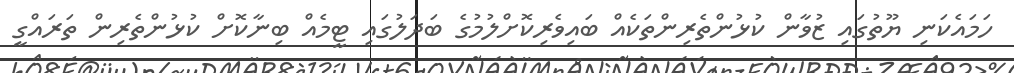
ހަމައެކަނި ޔޫތުގައި ޒުވާން ކުޅުންތެރިންތަކެއް ބައިވެރިކޮށްލުމުގެ ބަދަލުގައި ޓީމެއް ބިނާކޮށް ކުޅުންތެރިން ތަރައްގީ